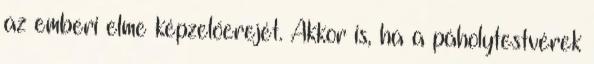
az emberi elme képzelőerejét. Akkor is, ha a páholytestvérek